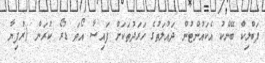
ޕަބްލިކް ބޭންކު އެކައުންޓުން ދައުލަތުގެ ހަރަދުތަކަށް ފައިސާ އޯވަ ޑުރޯ ކުރަން (ރުފިޔާ